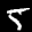
Label: 5